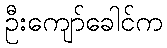
ဦးကျော်ခေါင်က